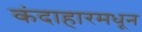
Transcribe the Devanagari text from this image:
कंदाहारमधून